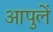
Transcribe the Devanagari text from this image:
आपुलें